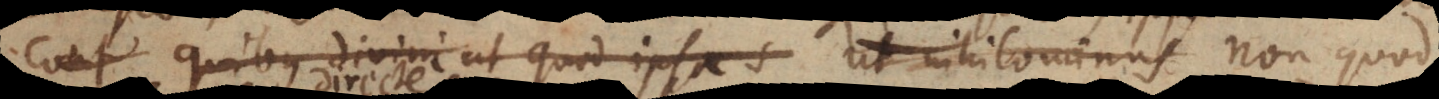
quibus divini ut quod ipsa s nihilominus non quod